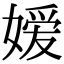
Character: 嫒